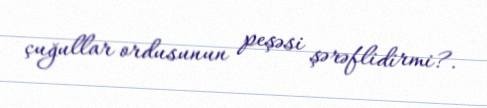
çuğullar ordusunun peşəsi şərəflidirmi?.